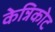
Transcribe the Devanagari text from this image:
केन्निकोट